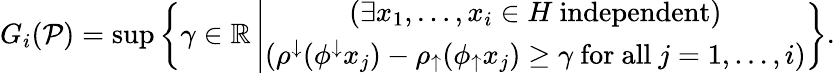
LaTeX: G_{i}(\mathcal{P})=\operatorname*{sup}\left\{ \gamma\in\mathbb{R}\left|\begin{array}{c}{(\exists x_{1},\ldots,x_{i}\in H\mathrm{~independent})}\\ {(\rho^{\downarrow}(\phi^{\downarrow}x_{j})-\rho_{\uparrow}(\phi_{\uparrow}x_{j})\geq\gamma\mathrm{~for~all~}j=1,\ldots,i)}\end{array}\right.\right\} .